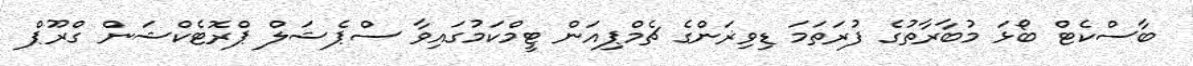
ބާސްކެޓް ބޯޅަ މުބާރާތުގެ ފުރަތަމަ ޑިވިޜަންގެ ޗެމްޕިއަން ޓީމްކަމުގައިވާ ސްޕެޝަލް ޕްރޮޓެކްޝަން ގްރޫޕް